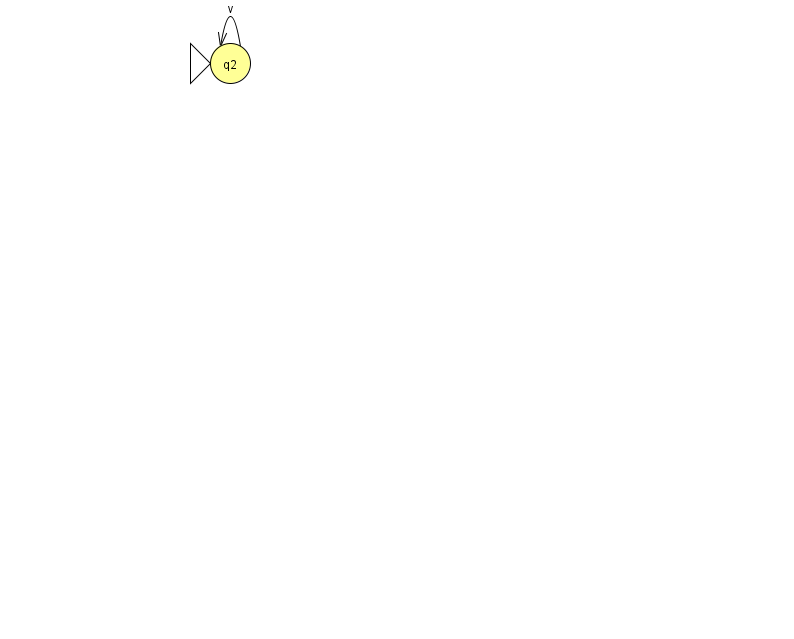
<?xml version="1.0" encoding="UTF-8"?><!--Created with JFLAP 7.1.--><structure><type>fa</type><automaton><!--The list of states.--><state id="2" name="q2"><x>230.0</x><y>50.0</y><initial/></state><!--The list of transitions.--><transition><from>2</from><to>2</to><read>v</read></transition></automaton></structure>